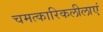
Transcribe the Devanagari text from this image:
चमत्कारिकलीलाएं